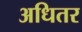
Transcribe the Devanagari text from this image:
अधितर